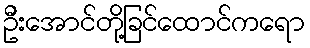
ဦးအောင်တို့ခြင်ထောင်ကရော